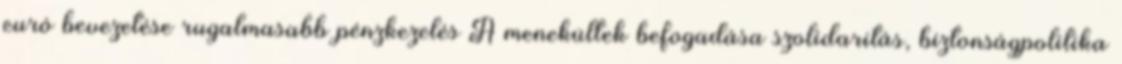
euró bevezetése rugalmasabb pénzkezelés A menekültek befogadása szolidaritás, biztonságpolitika